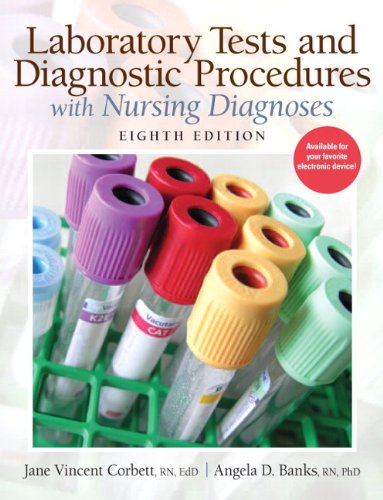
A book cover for Laboratory Tests and Diagnostic Procedures with Nursing Diagnoses (8th Edition) (Laboratory & Diagnostic Tests with Nursing Diagnoses (Corbet); Jane V. Corbett RN  Ed.D; Medical Books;